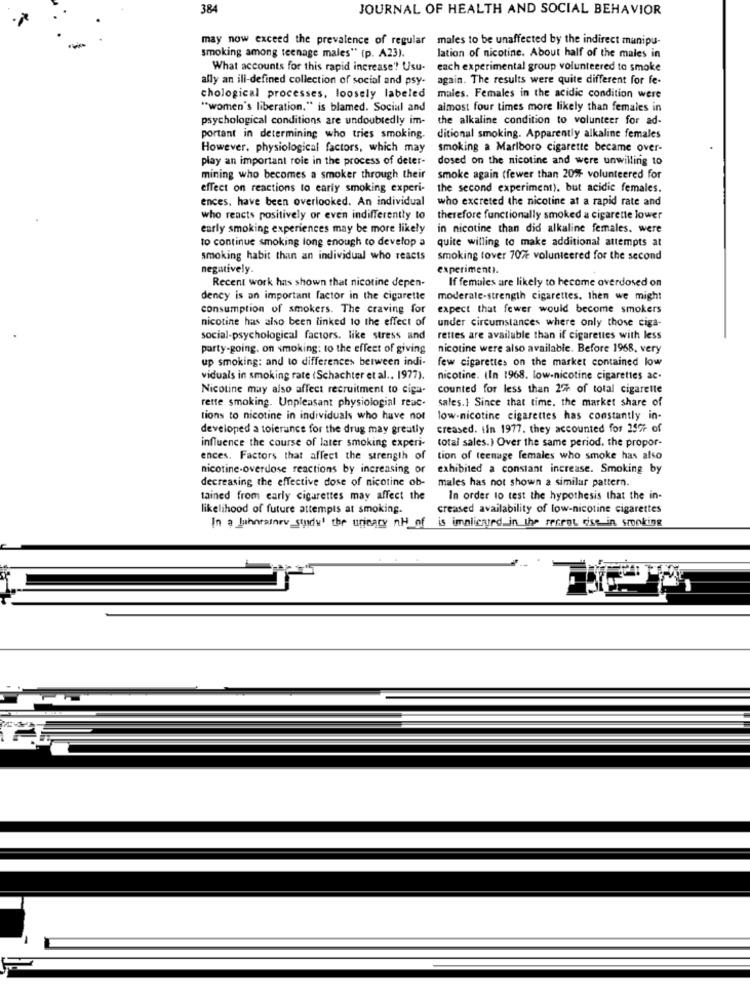
384
JOURNAL OF HEALTH AND SOCIAL BEHAVIOR
may now exceed the prevalence of regular males to be unaffected by the indirect manipu-
smoking among teenage males" (p. A23).
lation of nicotine. About half of the males in
What accounts for this rapid increase? Usu-
each experimental group volunteered to smoke
ally an ill-defined collection of social and psy-
again. The results were quite different for fe-
chological processes, loosely labeled
males. Females in the acidic condition were
"women's liberation." is blamed. Social and
almost four times more likely than females in
psychological conditions are undoubtedly im-
the alkaline condition to volunteer for ad-
portant in determining who tries smoking.
ditional smoking. Apparently alkaline females
However, physiological factors, which may
smoking a Marlboro cigarette became over-
play an important role in the process of deter-
dosed on the nicotine and were unwilling to
mining who becomes a smoker through their
smoke again (fewer than 20% volunteered for
effect on reactions to early smoking experi-
the second experiment). but acidic females.
ences, have been overlooked. An individual
who excreted the nicotine at a rapid rate and
who reacts positively or even indifferently to
therefore functionally smoked a cigarette lower
early smoking experiences may be more likely
in nicotine than did alkaline females. were
to continue smoking long enough to develop a
quite willing to make additional attempts at
smoking habit than an individual who reacts
smoking tover 707e volunteered for the second
negatively.
experiment1.
Recent work has shown that nicotine depen-
If females are likely to become overdosed on
dency is an important factor in the cigarette
moderate-strength cigarettes. then we might
consumption of smokers. The craving for expect that fewer would become smokers
nicotine has also been linked to the effect of
under circumstances where only those ciga-
social-psychological factors. like stress and
rettes are available than if cigarettes with less
party-going. on smoking: to the effect of giving
nicotine were also available. Before 1968, very
up smoking: and to differences between indi-
few cigarettes on the market contained low
viduals in smoking rate (Schachter et al .. 1977).
nicotine. (In 1968. low-nicotine cigarettes ac-
Nicotine may also affect recruitment to cipa-
counted for less than 2- of total cigarette
rette smoking. Unpleasant physiologial reac-
sales.} Since that time. the market share of
tions to nicotine in individuals who have not
low-nicotine cigarettes has constantly in-
developed a tolerance for the drug may greatly
creased. iin 1977. they accounted for 2577 of
influence the course of later smoking experi-
total sales.) Over the same period. the propor-
ences. Factors that affect the strength of
tion of teenage females who smoke has also
nicotine-overdose reactions by increasing or
exhibited a constant increase. Smoking by
decreasing the effective dose of nicotine ob-
males has not shown a similar pattern.
tained from early cigarettes may affect the
In order to test the hypothesis that the in-
likelihood of future attempts at smoking.
creased availability of low-nicotine cigarettes
In a luhnrainey sundu' the urinary nH of is imalicauurd in the secret cise in smoking